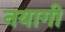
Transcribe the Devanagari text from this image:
नयागी